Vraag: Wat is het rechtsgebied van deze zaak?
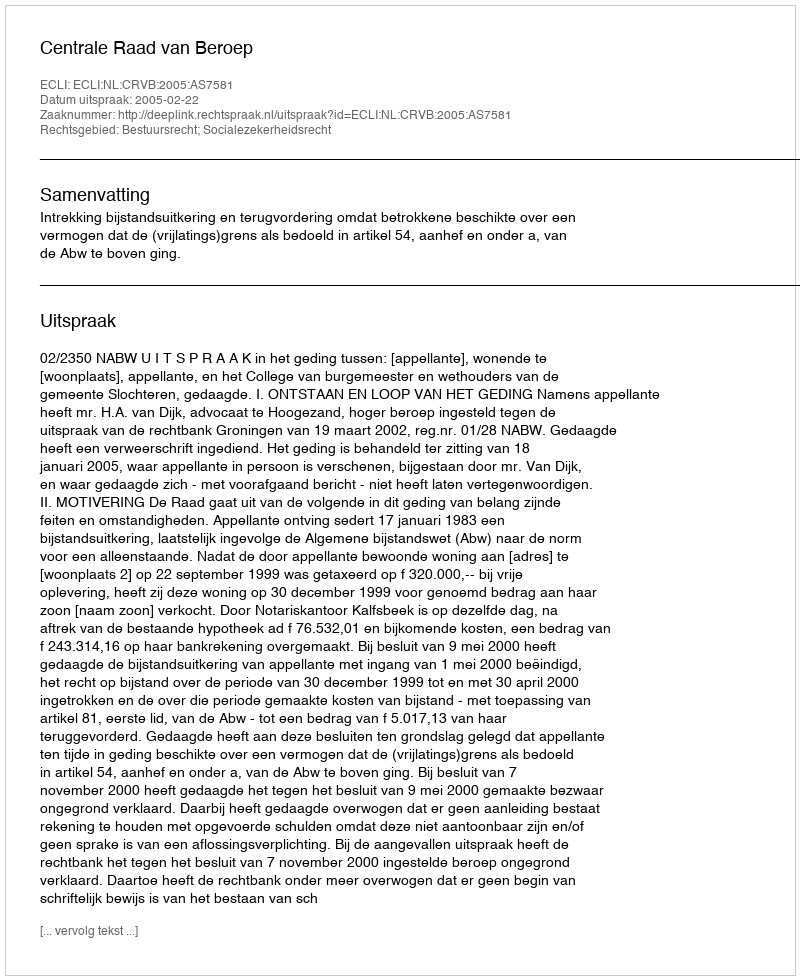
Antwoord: Bestuursrecht; Socialezekerheidsrecht